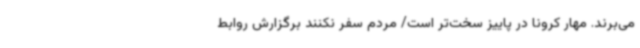
می‌برند. مهار کرونا در پاییز سخت‌تر است/ مردم سفر نکنند برگزارش روابط